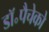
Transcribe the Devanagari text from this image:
डॉ॰पैचेको